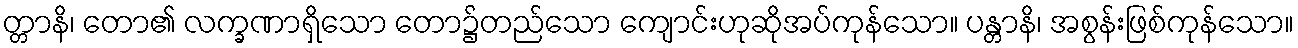
တ္တာနိ၊ တော၏ လက္ခဏာရှိသော တော၌တည်သော ကျောင်းဟုဆိုအပ်ကုန်သော။ ပန္တာနိ၊ အစွန်းဖြစ်ကုန်သော။